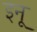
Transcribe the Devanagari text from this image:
इनू